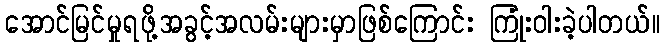
အောင်မြင်မှုရဖို့အခွင့်အလမ်းများမှာဖြစ်ကြောင်း ကြုံးဝါးခဲ့ပါတယ်။